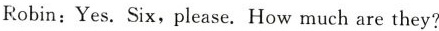
Robin:Yes.Six,please.How much are they?